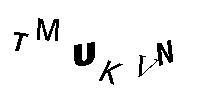
TMUKVN